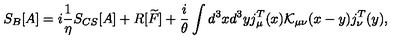
S _ { B } [ A ] = i \frac { 1 } { \eta } S _ { C S } [ A ] + R [ \widetilde { F } ] + \frac { i } { \theta } \int d ^ { 3 } x d ^ { 3 } y j _ { \mu } ^ { T } ( x ) { \mathcal K } _ { \mu \nu } ( x - y ) j _ { \nu } ^ { T } ( y ) ,